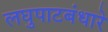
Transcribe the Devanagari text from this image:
लघुपाटबंधारे